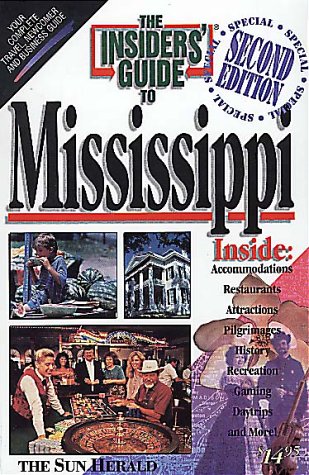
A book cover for Insiders' Guide to Mississippi, 2nd; Sylvia Higginbotham; Travel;